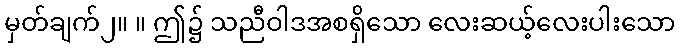
မှတ်ချက်၂။ ။ ဤ၌ သညီဝါဒအစရှိသော လေးဆယ့်လေးပါးသော